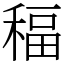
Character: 稫